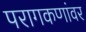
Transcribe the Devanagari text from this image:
परागकणांवर